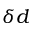
\delta d